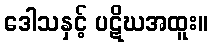
ဒေါသနှင့် ပဋိဃအထူး။